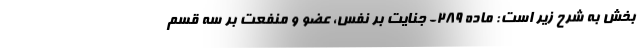
بخش به شرح زیر است: ماده ۲۸۹- جنایت بر نفس، عضو و منفعت بر سه قسم